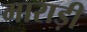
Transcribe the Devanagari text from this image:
माराड़ी